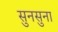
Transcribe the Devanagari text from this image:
सुनसुना